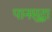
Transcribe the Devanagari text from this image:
पानसुद्धा